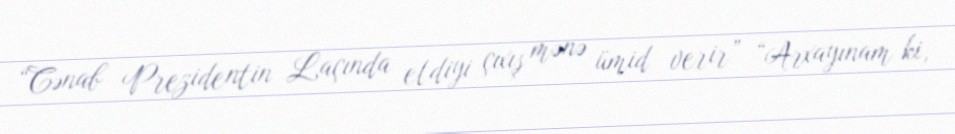
“Cənab Prezidentin Laçında etdiyi çıxış mənə ümid verir” “Arxayınam ki,